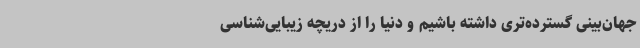
جهان‌بینی گسترده‌تری داشته باشیم و دنیا را از دریچه زیبایی‌شناسی